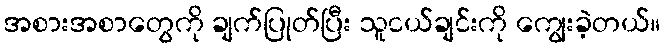
အစားအစာတွေကို ချက်ပြုတ်ပြီး သူငယ်ချင်းကို ကျွေးခဲ့တယ်။